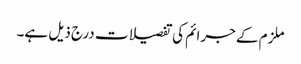
ملزم کے جرائم کی تفصیلات درج ذیل ہے۔